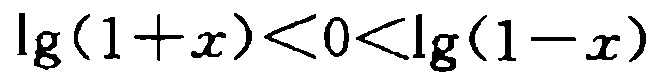
\(\lg(1 + x)<0<\lg(1 - x)\)